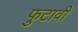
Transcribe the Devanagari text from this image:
फुटावी